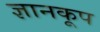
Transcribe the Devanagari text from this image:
ज्ञानकूप